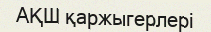
АҚШ қаржыгерлері